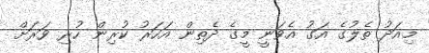
މިއަދު ތެލުގެ އަގު އެވަނީ މީގެ ދެތިން އަހަރު ކުރިން ހުރި ވަރަށް